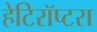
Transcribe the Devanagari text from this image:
हेटिरॉप्टरा